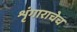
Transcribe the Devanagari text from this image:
शृंगाराचेच